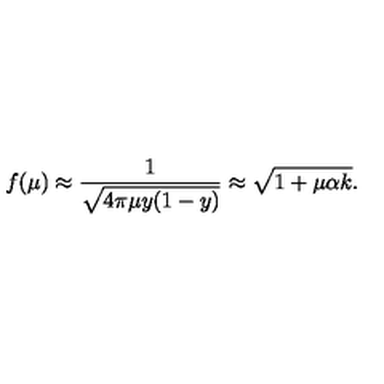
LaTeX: f ( \mu ) \approx \frac { 1 } { \sqrt { 4 \pi \mu y ( 1 - y ) } } \approx \sqrt { 1 + \mu \alpha k } .